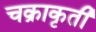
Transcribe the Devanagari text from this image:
चक्राकृती